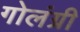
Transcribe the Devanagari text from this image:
गोलंग्री